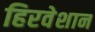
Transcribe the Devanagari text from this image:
हिरवेशान